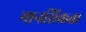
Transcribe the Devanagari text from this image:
मानसिकता